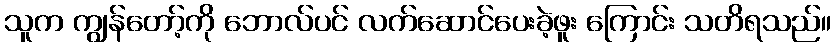
သူက ကျွန်တော့်ကို ဘောလ်ပင် လက်ဆောင်ပေးခဲ့ဖူး ကြောင်း သတိရသည်။